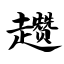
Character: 趱